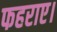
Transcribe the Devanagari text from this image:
फहराए।